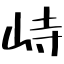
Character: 峙